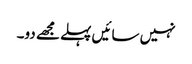
نہیں سائیں پہلے مجھے دو۔